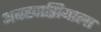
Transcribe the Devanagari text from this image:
अबखाझियाला